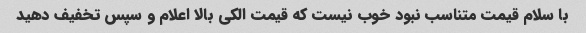
با سلام قیمت متناسب نبود خوب نیست که قیمت الکی بالا اعلام و سپس تخفیف دهید